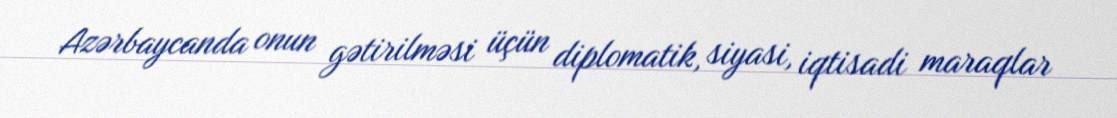
Azərbaycanda onun gətirilməsi üçün diplomatik, siyasi, iqtisadi maraqlar